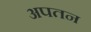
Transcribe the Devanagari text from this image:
अपतन